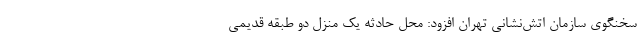
سخنگوی سازمان اتش‌نشانی تهران افزود: محل حادثه یک منزل دو طبقه قدیمی